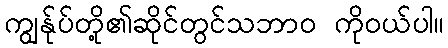
ကျွန်ုပ်တို့၏ဆိုင်တွင်သဘာဝ ကိုဝယ်ပါ။